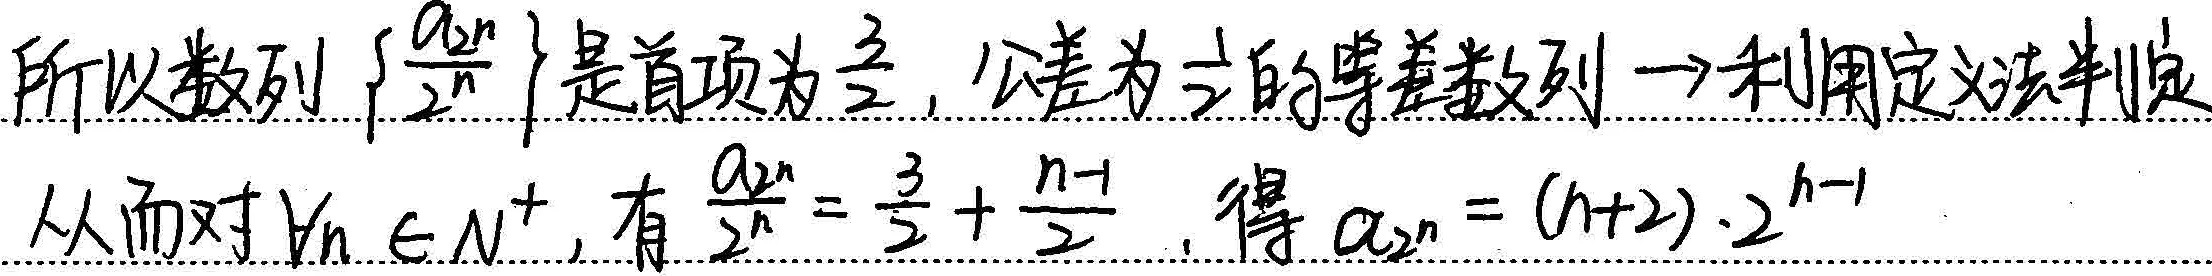
所以数列\(\left\{\frac{a_{n}}{2^{n}}\right\}\)是首项为\(\frac{3}{2}\)，公差为\(\frac{1}{2}\)的等差数列。利用定义法判定，从而对\(\forall n\in N^{+}\)，有\(\frac{a_{n}}{2^{n}}=\frac{3}{2}+\frac{n - 1}{2}\)，得\(a_{n}=(n + 2)\cdot 2^{n - 1}\)